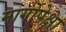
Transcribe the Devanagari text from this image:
मार्गोपेक्षा